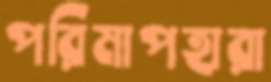
পরিমাপহারা